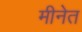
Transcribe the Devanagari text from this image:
मीनेत